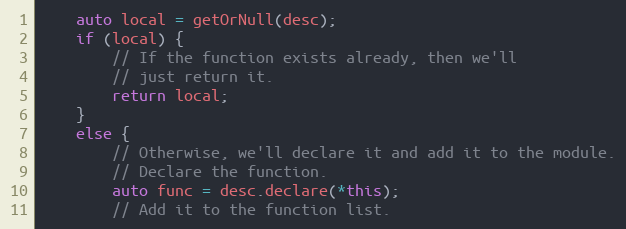
Language: C++
    auto local = getOrNull(desc);
    if (local) {
        // If the function exists already, then we'll
        // just return it.
        return local;
    }
    else {
        // Otherwise, we'll declare it and add it to the module.
        // Declare the function.
        auto func = desc.declare(*this);
        // Add it to the function list.